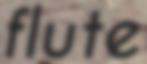
flute